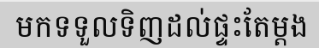
មកទទួលទិញដល់ផ្ទះតែម្តង